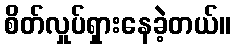
စိတ်လှုပ်ရှားနေခဲ့တယ်။